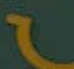
)